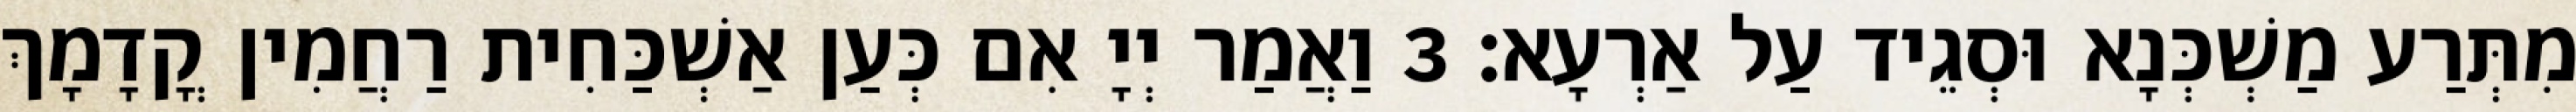
מִתְּרַע מַשְׁכְּנָא וּסְגֵיד עַל אַרְעָא׃ 3 וַאֲמַר יְיָ אִם כְּעַן אַשְׁכַּחִית רַחֲמִין קֳדָמָךְ